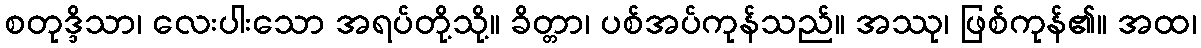
စတုဒ္ဒိသာ၊ လေးပါးသော အရပ်တို့သို့။ ခိတ္တာ၊ ပစ်အပ်ကုန်သည်။ အဿု၊ ဖြစ်ကုန်၏။ အထ၊